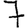
Digit: 7